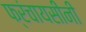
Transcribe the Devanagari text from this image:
फ्रंचायसींनी